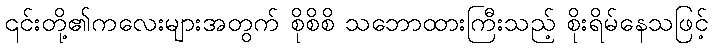
၎င်းတို့၏ကလေးများအတွက် စိုစိစိ သဘောထားကြီးသည့် စိုးရိမ်နေသဖြင့်